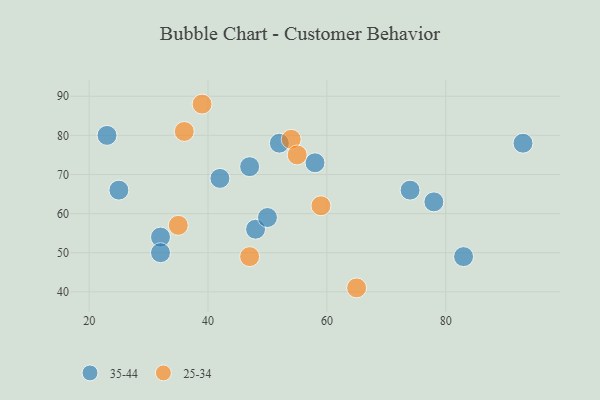
{"axis": {"x": "GDP", "y": "Life Expectancy"}, "legend": ["25-34", "35-44"], "data": [{"x": "47", "y": 72, "type": "35-44"}, {"x": "48", "y": 56, "type": "35-44"}, {"x": "83", "y": 49, "type": "35-44"}, {"x": "23", "y": 80, "type": "35-44"}, {"x": "32", "y": 54, "type": "35-44"}, {"x": "52", "y": 78, "type": "35-44"}, {"x": "93", "y": 78, "type": "35-44"}, {"x": "58", "y": 73, "type": "35-44"}, {"x": "74", "y": 66, "type": "35-44"}, {"x": "50", "y": 59, "type": "35-44"}, {"x": "42", "y": 69, "type": "35-44"}, {"x": "32", "y": 50, "type": "35-44"}, {"x": "78", "y": 63, "type": "35-44"}, {"x": "25", "y": 66, "type": "35-44"}, {"x": "54", "y": 79, "type": "25-34"}, {"x": "36", "y": 81, "type": "25-34"}, {"x": "39", "y": 88, "type": "25-34"}, {"x": "65", "y": 41, "type": "25-34"}, {"x": "47", "y": 49, "type": "25-34"}, {"x": "59", "y": 62, "type": "25-34"}, {"x": "55", "y": 75, "type": "25-34"}, {"x": "35", "y": 57, "type": "25-34"}]}